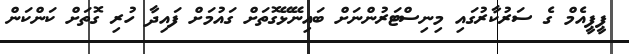
ޕީޕީއެމް ގެ ސަރުކާރުގައި މިނިސްޓަރުންނަށް ބައިނޭޅޭގޮތަށް ގައުމަށް ފައިދާ ހުރި ގޮތަށް ކަންކަން